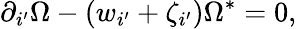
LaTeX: \partial_{i^{\prime}}\Omega-(w_{i^{\prime}}+\zeta_{i^{\prime}})\Omega^{\ast}=0,